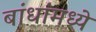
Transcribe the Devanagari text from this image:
बांधांमध्ये